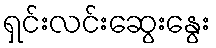
ရှင်းလင်းဆွေးနွေး